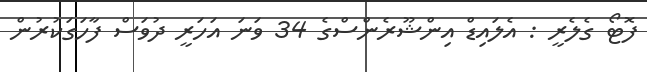
ފޮޓޯ ގެލެރީ : އެލައިޑް އިންޝޫރެންސްގެ 34 ވަނަ އަހަރީ ދުވަސް ފާހަގަކުރުން